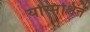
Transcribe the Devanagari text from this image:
यस्मिंश्चित्तं